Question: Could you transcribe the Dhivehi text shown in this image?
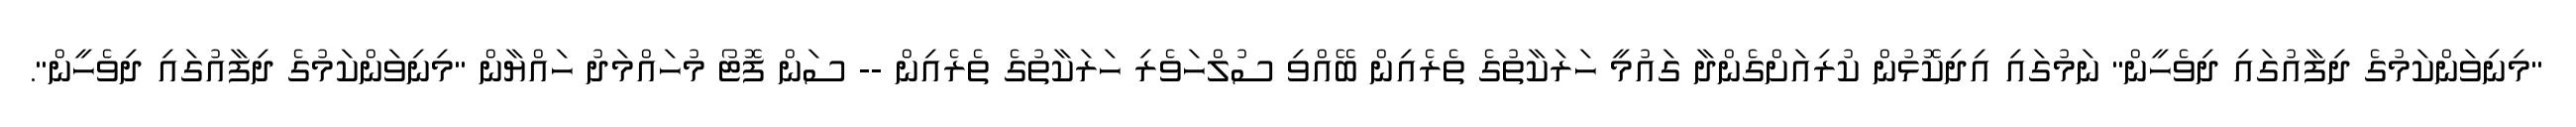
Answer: "މިނިވަންކަމުގެ ދިފާއުގައި ދިވެހީން" ނަމުގައި އިދިކޮޅުން ކުރިއަށްގެންދާ ގައުމީ ހަރަކާތުގެ ތެރެއިން ބޭއްވި ސުލްހަވެރި ހަރަކާތުގެ ތެރެއިން -- ސަން ފޮޓޯ މުހައްމަދު ހައްޔާން "މިނިވަންކަމުގެ ދިފާއުގައި ދިވެހީން".